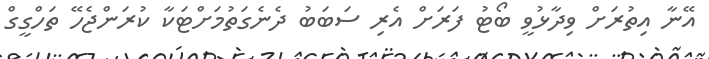
އޭނާ އިތުރަށް ވިދާޅުވީ ބޯޓު ފަރަށް އެރި ސަބަބު ދެނެގަތުމަށްޓަކާ ކުރަންޖެހޭ ތަހްގީގް